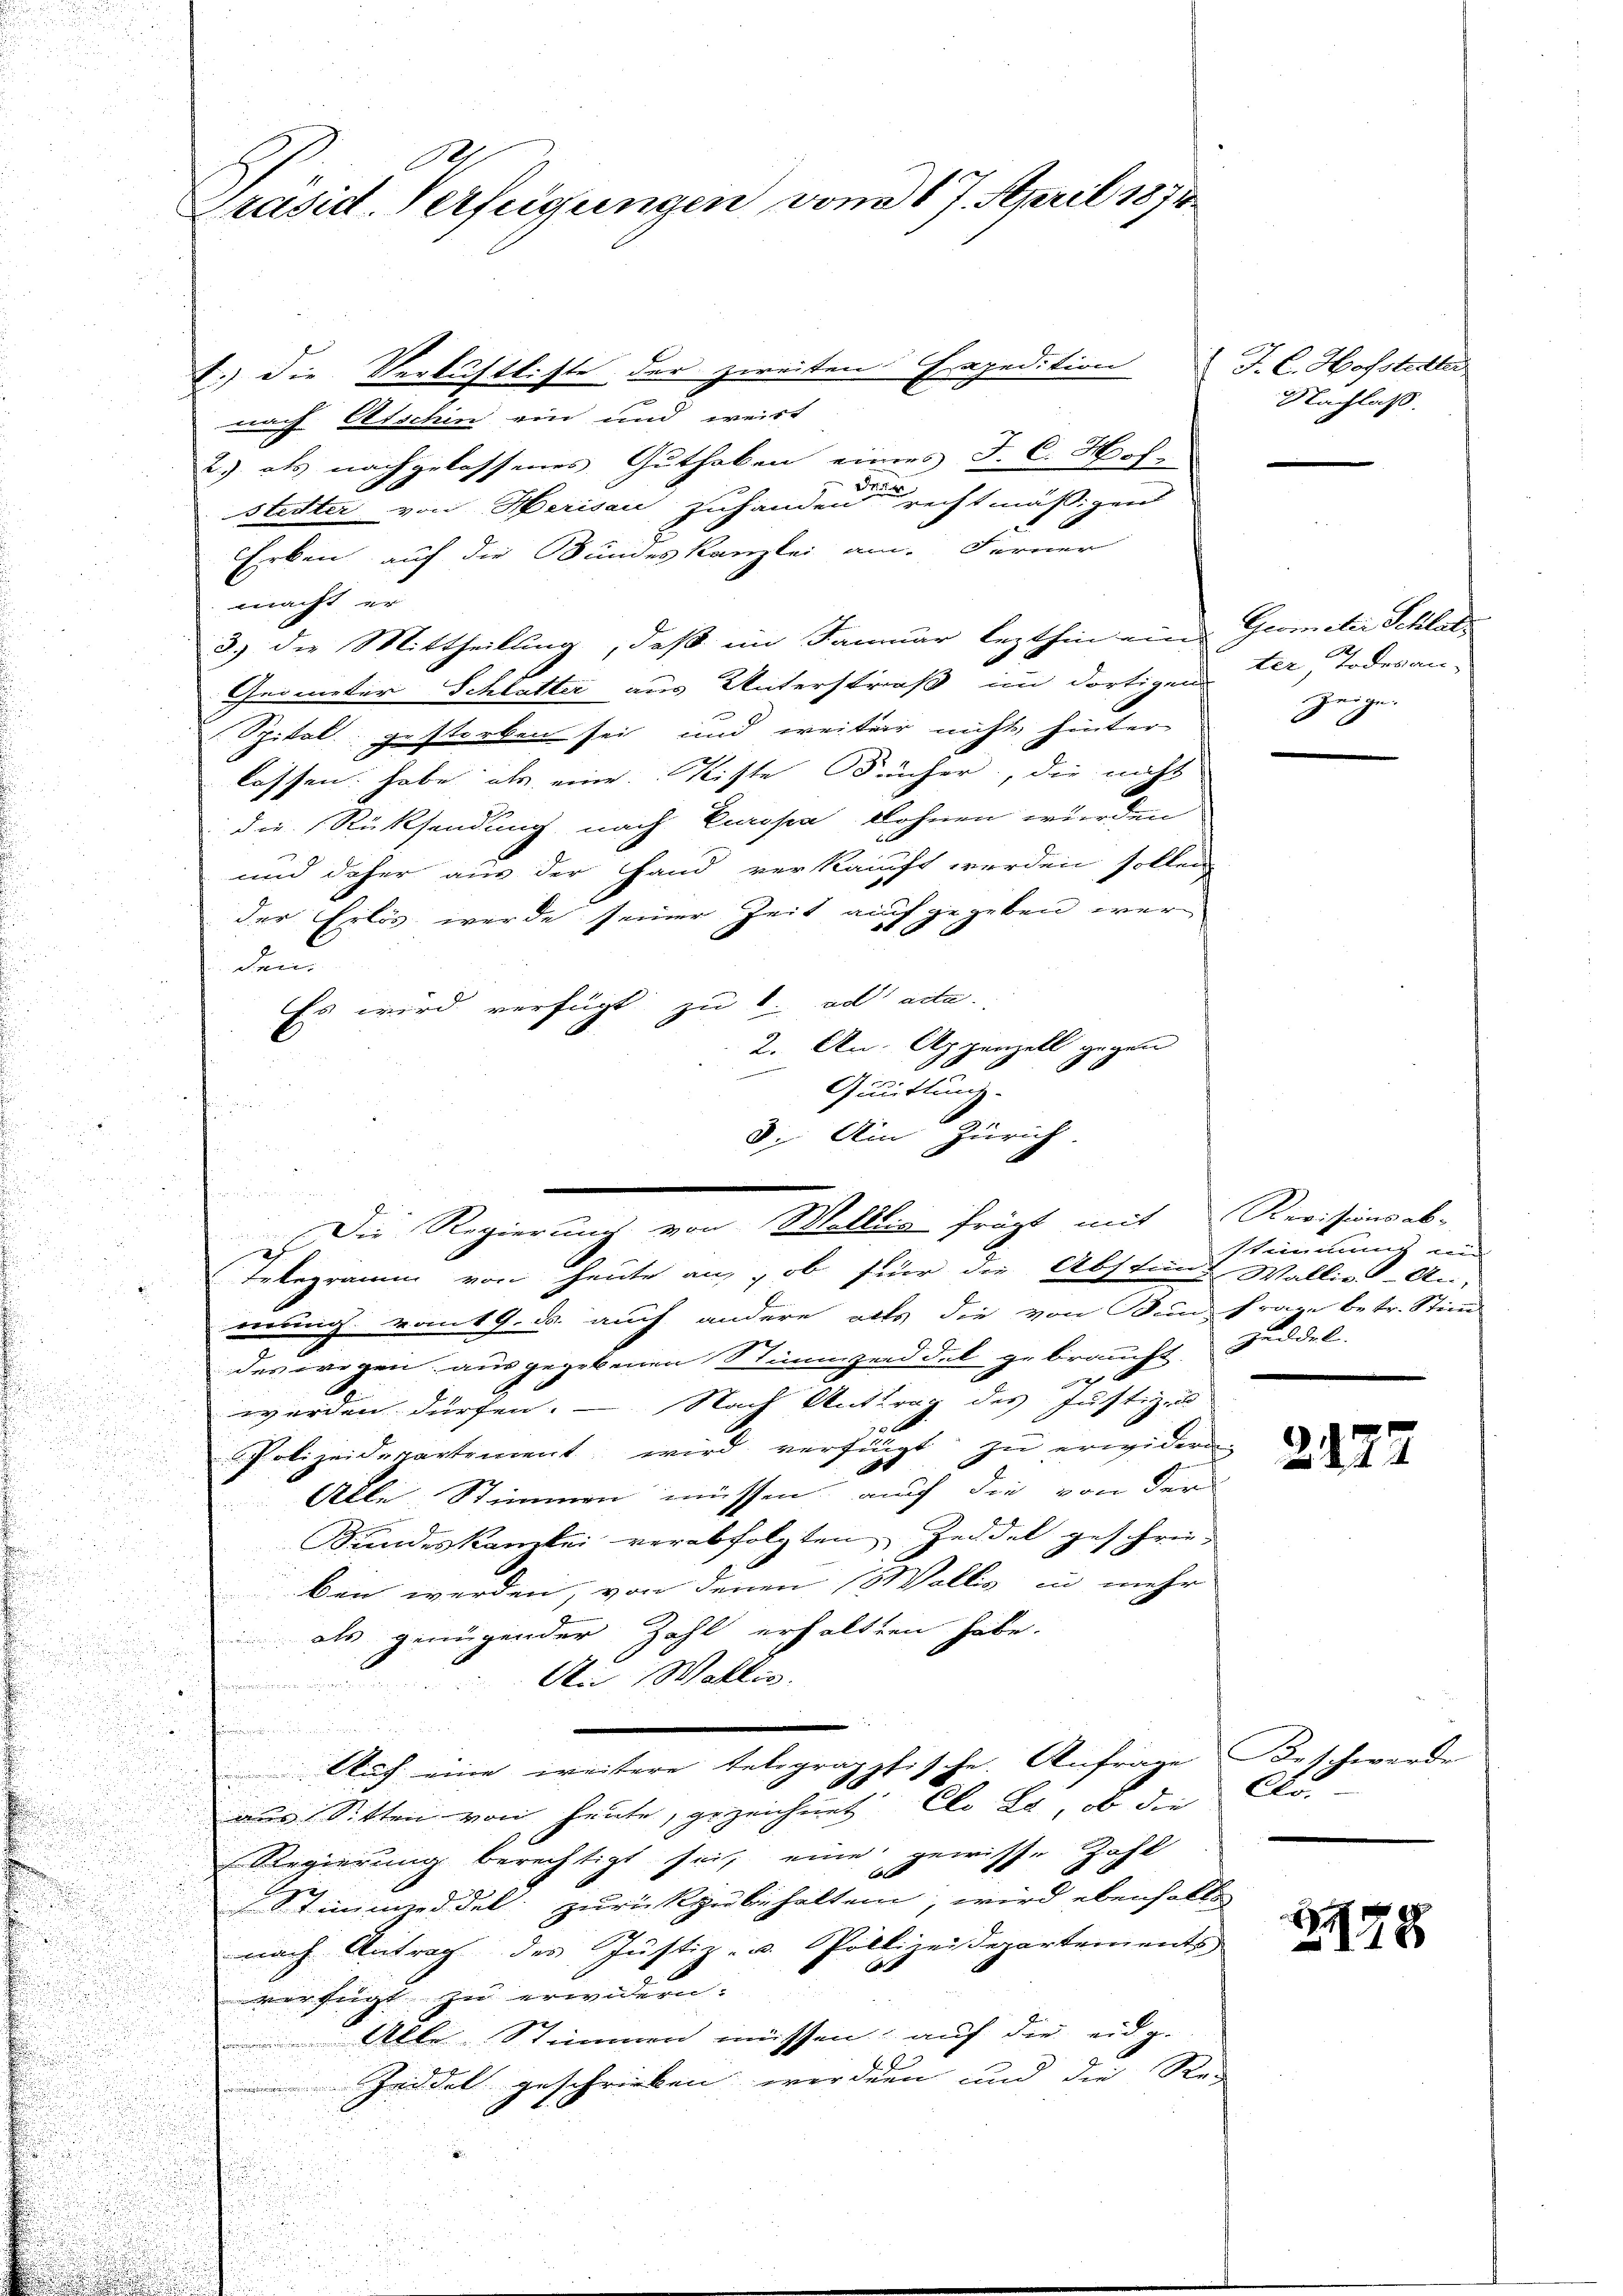
Präsid. Verfügungen vom 17. April 1874.

1.) Die Verlustliste der zweiten Expedition J. C. Hofstetter
nach Atschen ein und weist
2) als nachgelassenes Guthaben eines J. C. Hof-
stedter von Herisau zuhanden rechtmäßigen
Erben auf die Bundeskanzlei am Ferner
macht er
3.) die Mittheilung, daß im Januar lezthin ein Gumeter Schlatt
Geometer Schlatter aus Unterstraß im dortigen der Todesan-
Spital gestorben sei und weiter nicht hinter
lassen habe als eine Richte Frücher, die nicht
die Rücksendung nach Passa dohnen wurden
und daher aus der Hand verkauft werden sollen
der Erlös wurde seiner Zeit auf gegeben wer
dem
Es wird verfügt zu 1. ad ade.
2. An Appenzell gegen
Quittung.
Telegramm von heute an, ob für die Abstimmt Wallie An-
werung vom 19. ds. auch andere alls die von Bund Frage betr. Stimm
der wegen ausgegebenen Stimmzeddel gebraucht. Zeddel
2
werden dürfen. — Nach Antrag des Justiz- u
Polizeidepartement wird verhängt zu erwidern.
Alle Stimmen müssen, auch die von der
Sundeskanzlei verabfolgten Zeidel geschrie-
ben werden, von denen (Wallis in mehr
als genügender Zahl erhalten habe.
An Walten.

Auch eine weitere telegrapphische Anfrage Beschwerde
aus Sitten von heute, gezeichnet Clo La, ob die
Regierung berechtigt sei, eine gewisse Zahl
Stimmzeddel zurückzubehalten, wird ebenfalls
nach Antrag des Justiz- u. Polliceidepartements
A
verfügt zu erwidern:
Alle Stimmen müssen, auf die eidg.
Zeddel geschrieben werden und die Ste

3: Ain Zürich.
 Die Regierung von Welllig frügt mit Revisionsab-

Nachlaß.

zeige

stimmung un
.

2122

278

Au